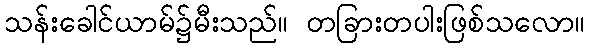
သန်းခေါင်ယာမ်၌မီးသည်။ တခြားတပါးဖြစ်သလော။